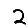
Digit: 2